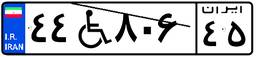
۴۴W۸۰۶۴۵